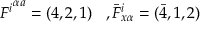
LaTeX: { F ^ { i } } ^ { \alpha a } = ( 4 , 2 , 1 ) \, \, \, \, \, , { \bar { F } } _ { x \alpha } ^ { i } = ( \bar { 4 } , 1 , 2 )